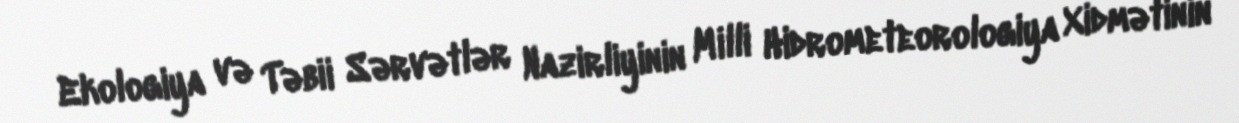
Ekologiya və Təbii Sərvətlər Nazirliyinin Milli Hidrometeorologiya Xidmətinin